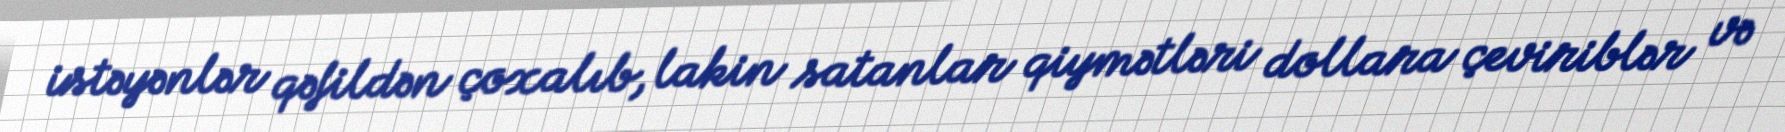
istəyənlər qəfildən çoxalıb, lakin satanlar qiymətləri dollara çeviriblər və